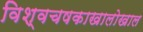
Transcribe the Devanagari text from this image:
विश्वचषकाखालोखाल